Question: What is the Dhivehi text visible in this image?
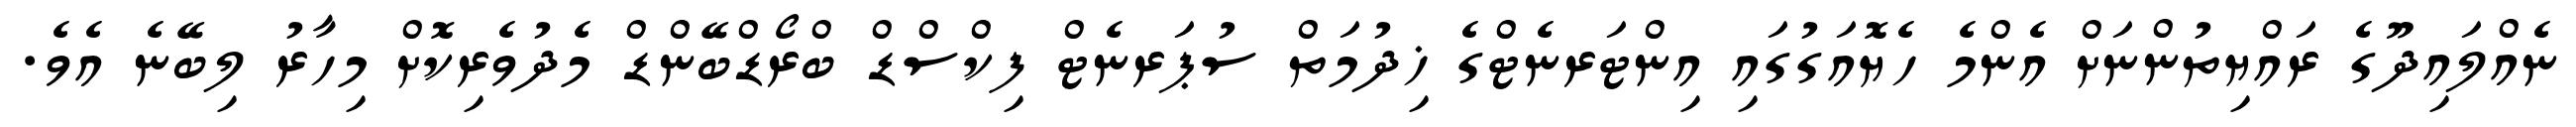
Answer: ނެއްލައިދޫގެ ރައްޔިތުންނަށް އެންމެ ހެޔޮއަގުގައި އިންޓަރނެޓްގެ ޚިދުމަތް ސުޕަރނެޓް ފިކްސްޑް ބްރޯޑްބޭންޑް މެދުވެރިކޮށް މިހާރު ލިބޭނެ އެވެ.